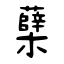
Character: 蘖